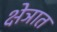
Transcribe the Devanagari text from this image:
क्षेञात